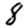
Digit: 8